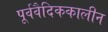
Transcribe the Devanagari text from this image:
पूर्ववैदिककालीन